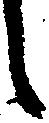
々